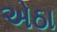
એઠા